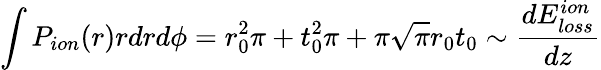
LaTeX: \int P_{ion}(r)rdrd\phi=r_{0}^{2}\pi+t_{0}^{2}\pi+\pi\sqrt{\pi}r_{0}t_{0}\sim\frac{dE_{loss}^{ion}}{dz}